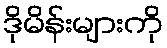
ဒိုမိန်းများကို